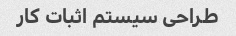
طراحی سیستم اثبات کار